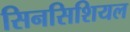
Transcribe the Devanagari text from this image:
सिनसिशियल